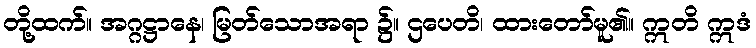
တို့ထက်။ အဂ္ဂဋ္ဌာနေ၊ မြတ်သောအရာ ၌။ ဌပေတိ၊ ထားတော်မူ၏။ ဣတိ ဣဒံ